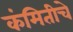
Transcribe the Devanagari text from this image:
कंमितीचे